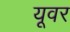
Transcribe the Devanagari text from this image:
यूवर